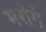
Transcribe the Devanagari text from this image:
मरोगे